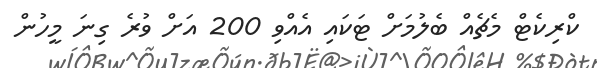
ކްރިކެޓް މެޗެއް ބެލުމަށް ޓަކައި އެއްވި 200 އަށް ވުރެ ގިނަ މީހުން